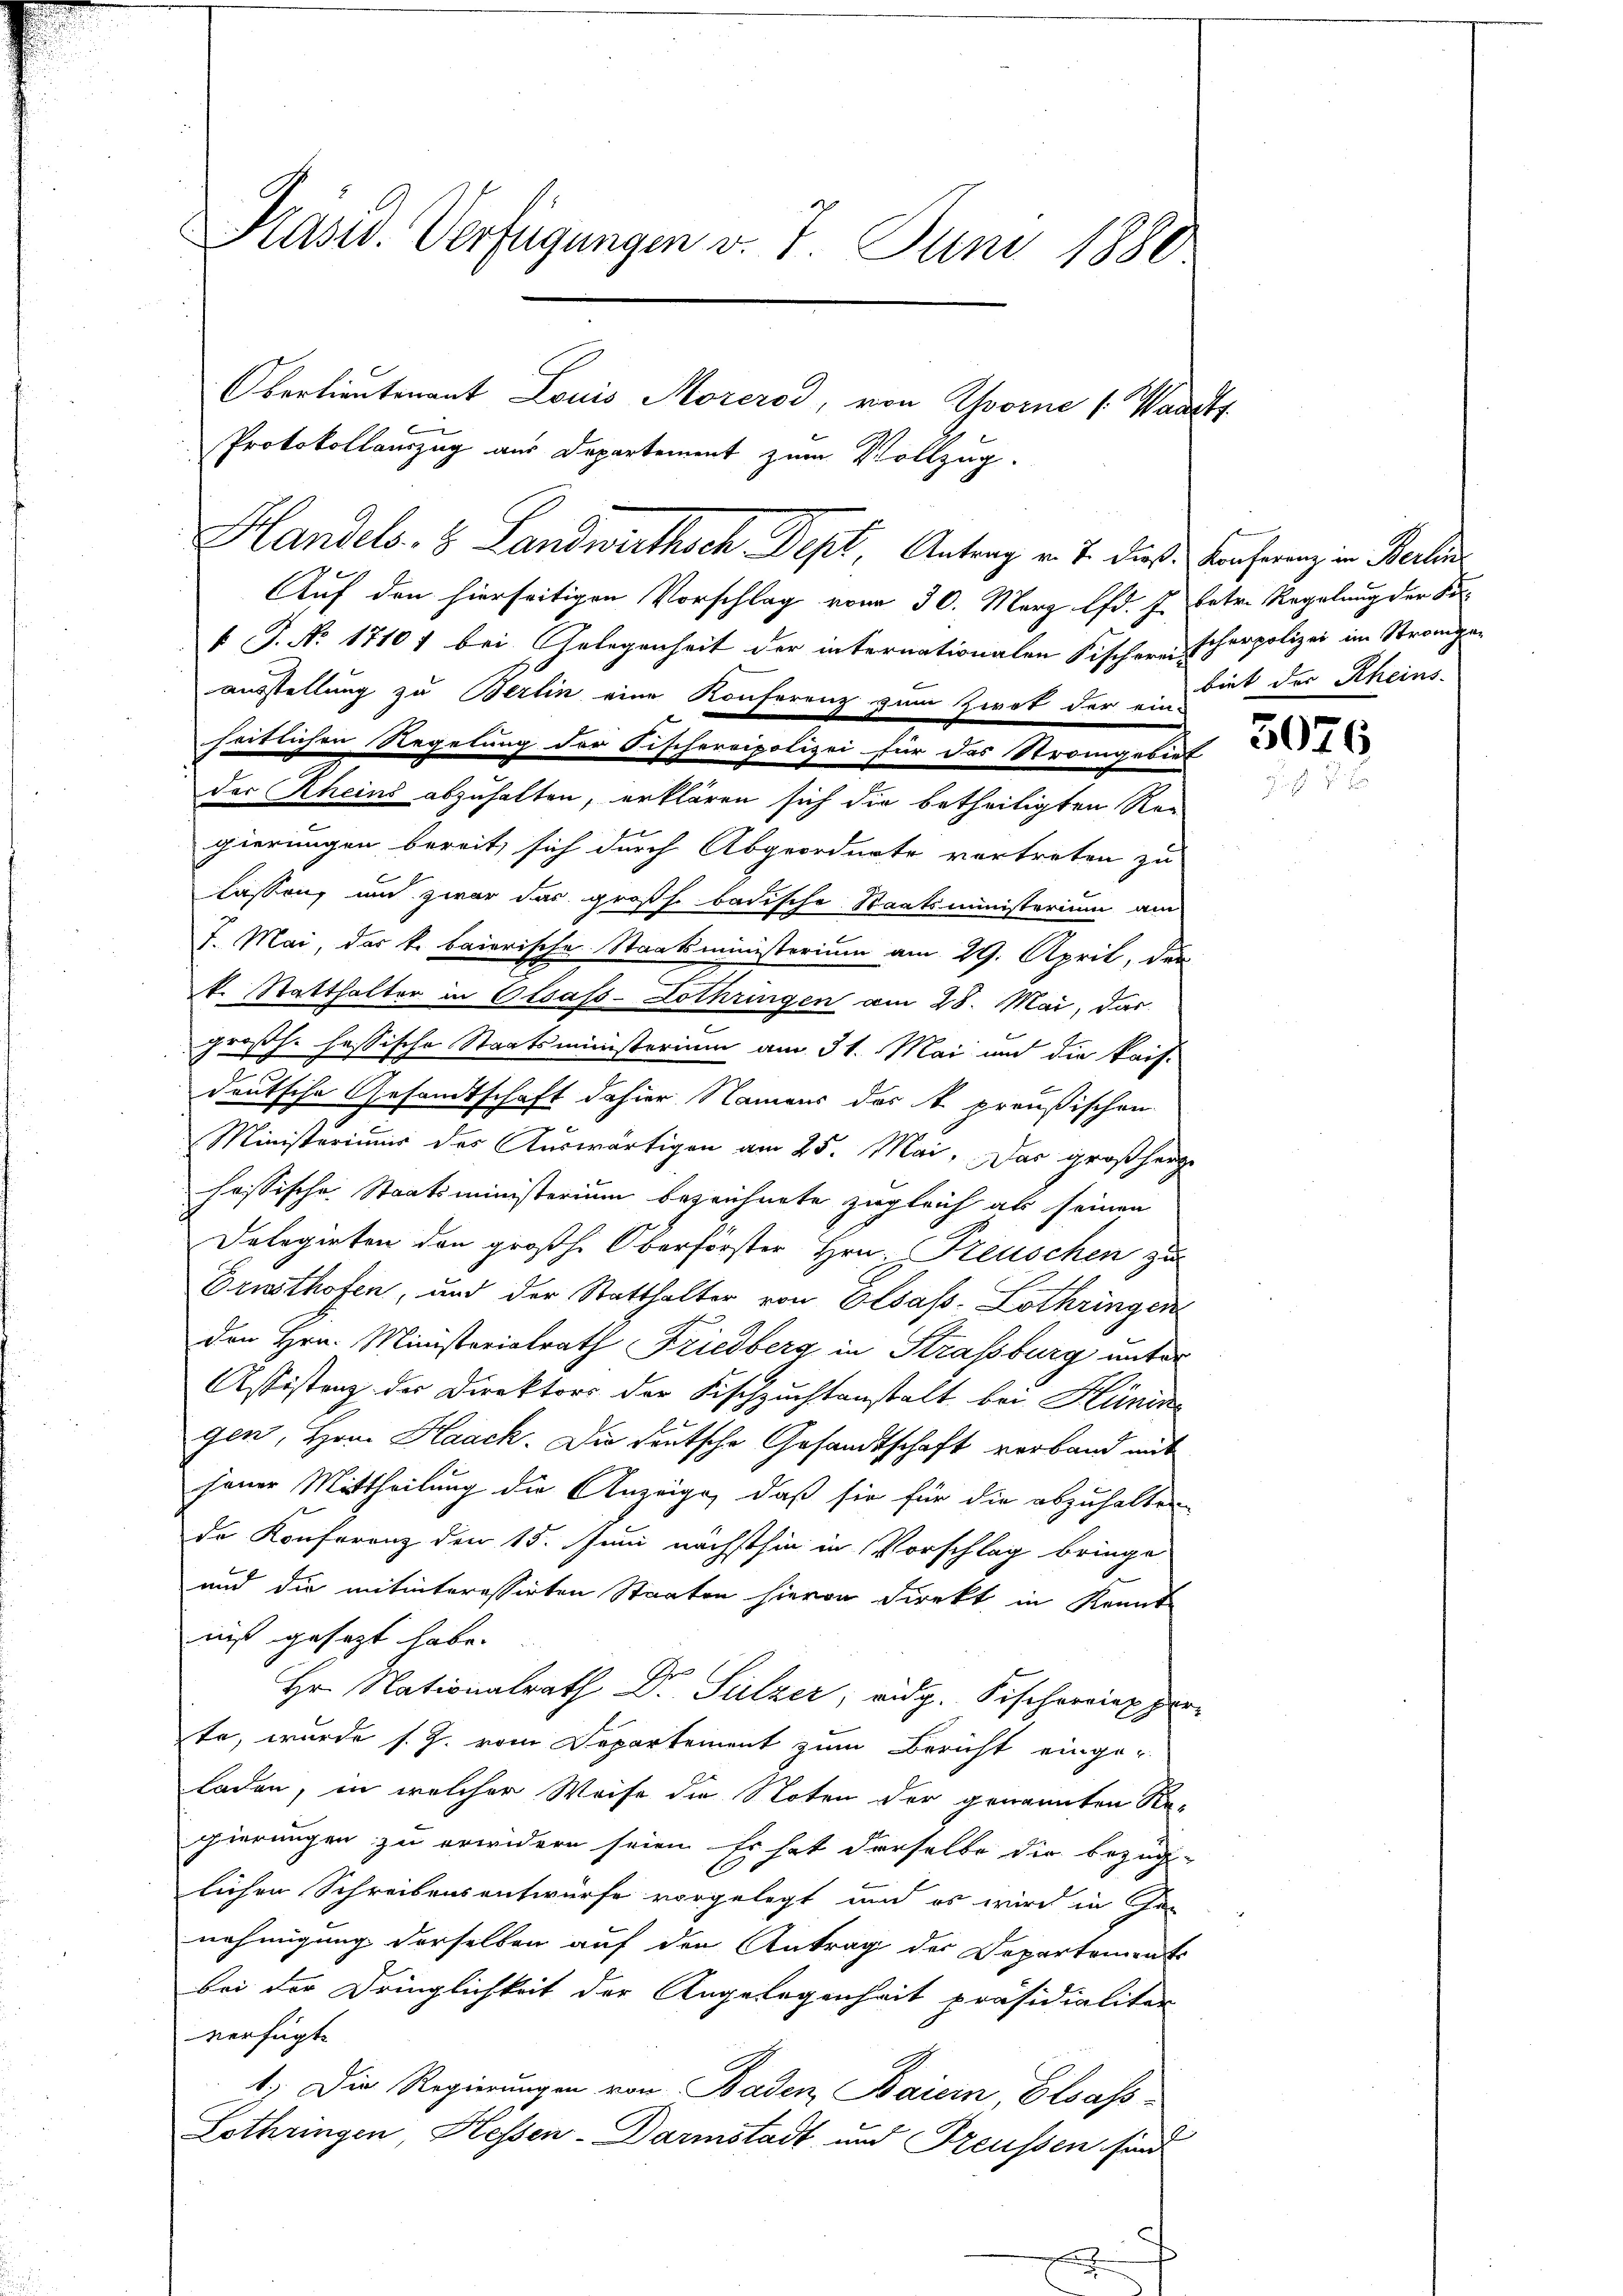
Präsid. Verfügungen v. 7. Juni 1880
Oberlieutenant Louis Morerod, von vorne (Waadt

Protokollauszug aus Departement zum Vollzug.
Auf den hierseitigen Vorschlag vom 30. März lfd. J. betr. Regelung der So
 P. Nr. 17107 bei Gelegenheit der internationalen Fischere Scherpolizei im Stroma-
ausstellung zu Berlin eine Konferenz zum Zwot der ein-
seitlichen Regelung der Fischereipolizei für das Stromgebiet
der Rheins abzuhalten, erklären sich die betheiligten Re-
gierungen bereit, sich durch Abgeordnete vortreten zu
lassung und zwar das großh. badische Staatsministerium am
J. Mai, das k. baierische Staatsministerium am 29. April, den
k. Statthalter in Olsass-Lothringen am 28. Mai, das
großh. fessische Staatsministerium am 31. Mai und die kais-
deutsche Gesandtschaft dahier Namens des k. preußischen
Ministeriums des Auswärtigen am 25. Mai. Das großherz
hassische Staatsministerium bezeichnete zugleich als seinen
Delegirten den großh. Oberforster Hrn. Freuschen zu
Drusthofen, und der Statthalter von Elsass. Lothringen
den Hrn. Ministerialrath Friedberg in Strassburg unter
Assistenz der Direktors der Fischzuchtanstalt bei Hünin
gen, Hrn. Haack. Die deutsche Gesandtschaft verband mit
jener Mittheilung die Anzeige, daß sie für die abzuhalten
de Konferenz den 15. Juni nächsthin in Vorschlag bringe
d
und die mitinteressirten Staaten hievon Direkt in Kennt-
niß gesezt habe.
Hr. Nationalrath Dr. Sulzer, vidg. Fischeripper
te, wurde s. Z. vom Departement zum Bericht einge-
laden, in welcher Weise die Noten der genannten Re-
gierungen zu erwidern seien. Es hat derselbe die bezüg-
lichen Schreibensentwürfe vorgelegt und es wird in e
nehmigung derselben auf den Antrag der Departements
bei der Dringlichkeit der Angelegenheit präsidialiter
verfügt:
1.) Die Regierungen von Baden Baiern, Elsass-
6
Lothringen, Hessen-Darmstadt und Freussen sind

Handels- & Landwirthsch. Dept, Antrag v. J. dieß Konferung in Berlin

biet der Rheins.

3076